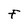
Character: F